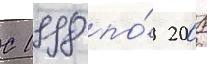
С 1998 по́ 2001